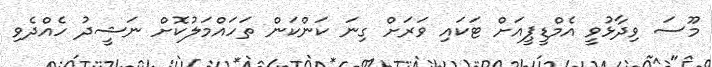
މޫސަ ވިދާޅުވީ އެމްޑީޕީއަށް ޓަކައި ވަރަށް ގިނަ ކަންކަން ތަހައްމަލުކޮށް ނަޝީދު ހެއްދެވި